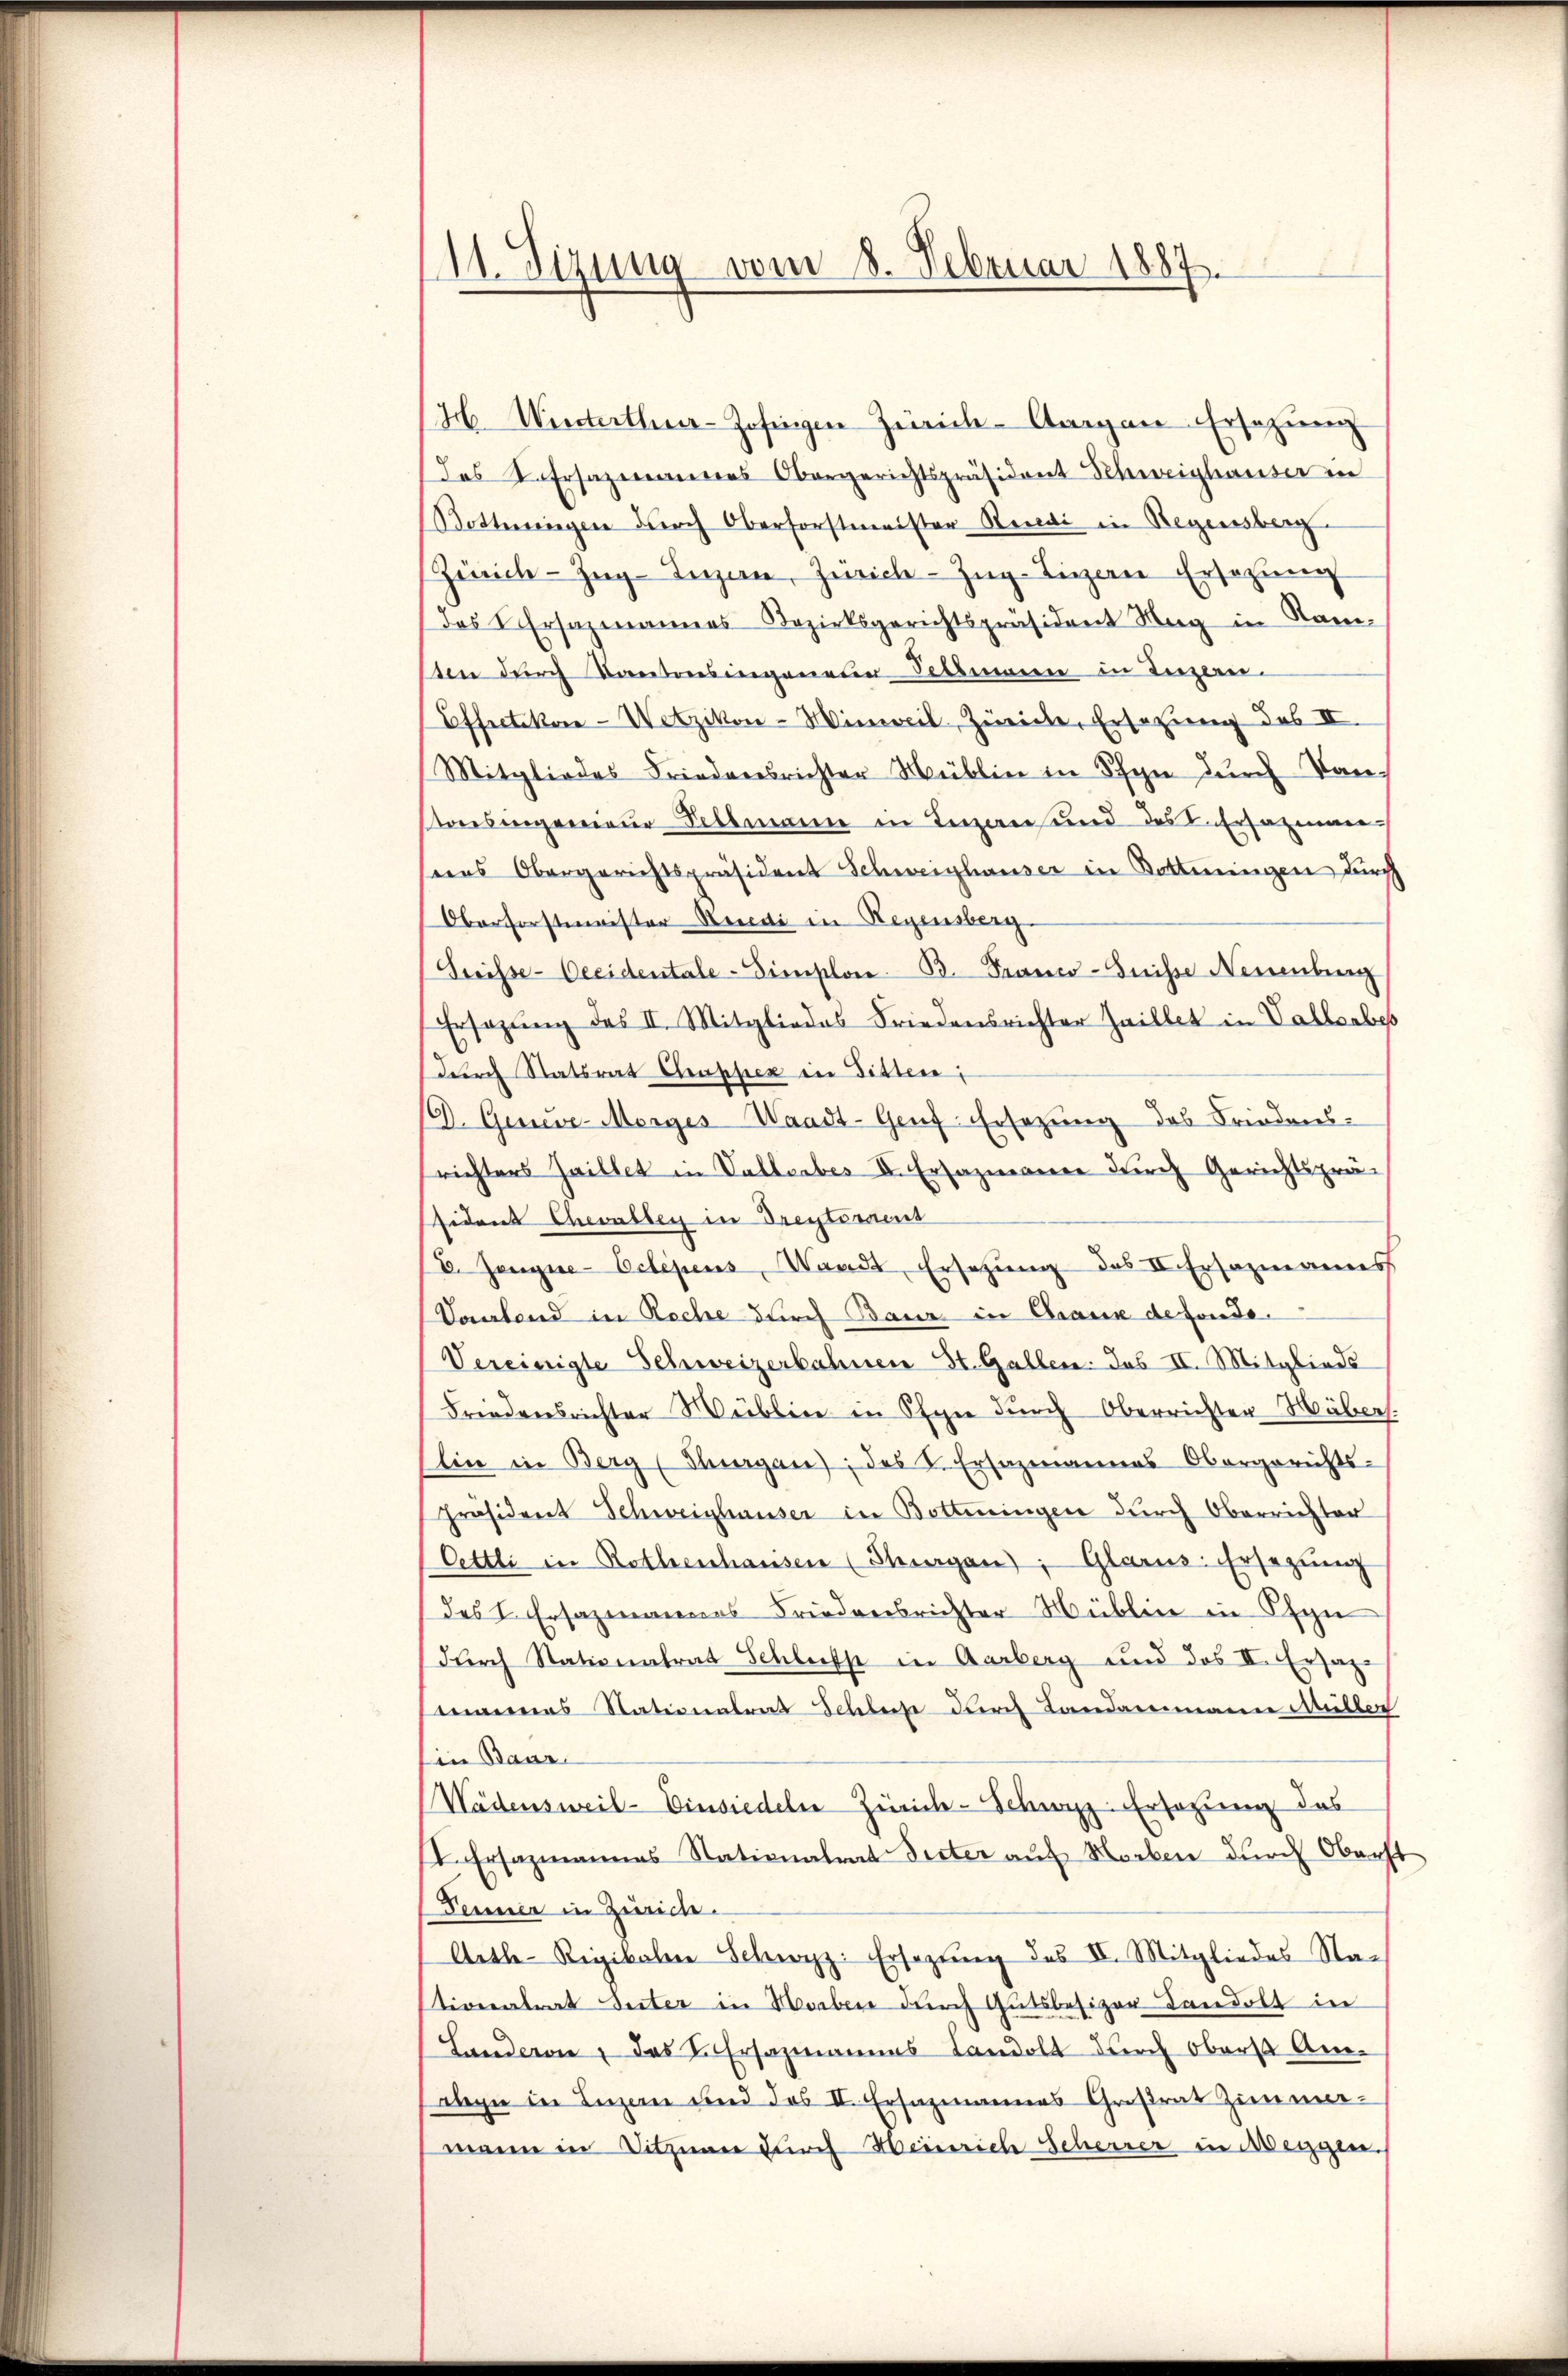
(11. Sizung vom 8. Februar 1887.

H. Winterthur-Zofingen Zürich-Aargau-Ersatzung
das Kehrsammannes Obergerichtspräsident Schweighauser in
Bottingen durch Oberforstmeister Rendi in Regensberg
Zürich–Zug–Luzern, Zürich-Zug- Ligen Ersetzung
das Ersazmannes Bezirksgerichtspräsident Hug in Ram-
ten durch Kantoresingenein Delemann in Luzern
Effecteker-Wetzikon-Hinweil, Zürich, Ersetzung des II.
Mitgliedes Friedensrichter Müllen in Pfyn durch Vor-
toresingenieur Sillmann in Luzern und des L. Ersazmann
ens Obergerichtspräsident Schweighauser in Dotteringen durch
Oberforstmeister Rendi in Regensberg.
Greifse-Oecidentale-Simploi. B. Franco-Guisse Neuenburg
Ersetzŭng des II. Mitgliedes Friedensrichter haillet in Vallerbes
(durch Statsrat Chapper in Bitten;
D. Geneve-Morges Waadt-Genf Ersezung des Friedens-
richters Haillet in Vallerbes V. Ersazmann durch Gerichtspräsident Chevalley in Dreytorrent
E. Jenyne-Octépens, Waadt, Ersetzung des II. Ersazmannes
Saalend in Roche durch Baur, in Graux de fonde¬
Vereinigte Schweizerbahnen St. Gallen: Jus II. Mitglieds
Friedensrichter übli in Pfyn durch Oberrichten Häbers.
Elin in Berg (Thurgau), des k. Ersazmannes Obergerichts-
Präsident Schweighauser in Bottiningen durch Oberrichter
Ottli in Rothenhausen (Thurgau), Glarus: Ersezung
des I. Ersazmannes Friedensrichter üblin in Pfyn
(durch Stationalrat Schliess in Aarberg und des II. Ersazmannes Stationalrat Schluße durch Landammann Müller
Ein Baur
Wädensweil- Einsiedeln Zürich-Schwyz. Ersatzung das
I. Ersazmannes Nationalrat Seiter auf Horben durch Oberst
Fenner in Zürich.
Arthe-Rigikalen Schwyz: Ersezung des IV. Mitgliedes Nach
tionalrat Suter in Horben durch Gutsbesizer Landolt in
Landeren, das L. Ersazmannes Landolt durch Oberst Anabgu in Luzern und des II. Ersazmannes Großrat Zimmermann in Sitznaue durch Heinrich Scherrer in Weggen